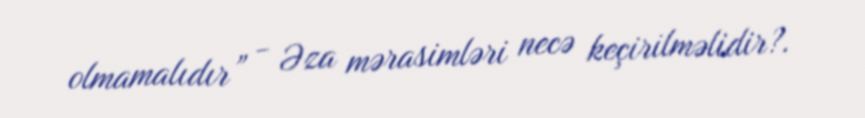
olmamalıdır” - Əza mərasimləri necə keçirilməlidir?.